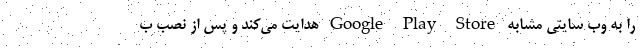
را به وب سایتی مشابه Google Play Store هدایت می‌کند و پس از نصب ب